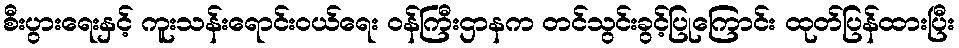
စီးပွားရေးနှင့် ကူးသန်းရောင်းဝယ်ရေး ဝန်ကြီးဌာနက တင်သွင်းခွင့်ပြုကြောင်း ထုတ်ပြန်ထားပြီး